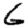
Digit: 6